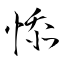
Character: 悿